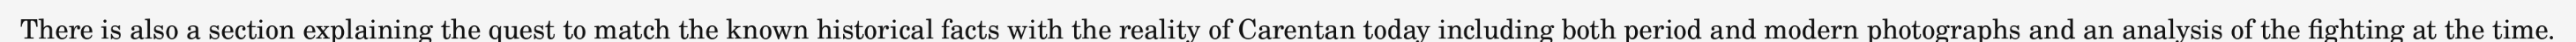
There is also a section explaining the quest to match the known historical facts with the reality of Carentan today including both period and modern photographs and an analysis of the fighting at the time.